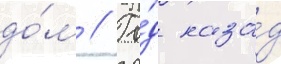
до́м // Го́д наза́д